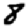
Digit: 8